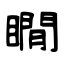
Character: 瞯